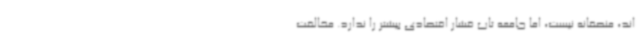
اند، منصفانه نیست، اما جامعه تاب فشار اقتصادی بیشتر را ندارد. مخالفت